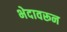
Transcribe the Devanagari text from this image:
भेदावरून